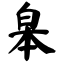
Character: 皋